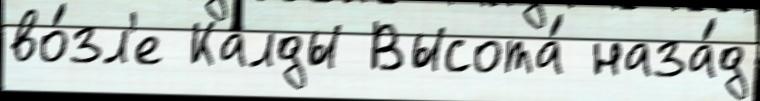
во́зл'е Калды Высота́ наза́д